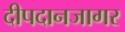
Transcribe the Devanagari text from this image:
दीपदानजागर